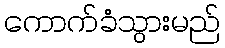
ကောက်ခံသွားမည်